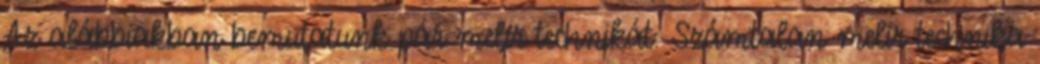
Az alábbiakban bemutatunk pár melír technikát. Számtalan melír technika